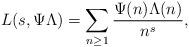
LaTeX: \begin{align*}L(s,\Psi \Lambda )=\sum _{n \geq 1}\frac{\Psi (n)\Lambda (n)}{n^s} ,\end{align*}